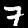
Digit: 7